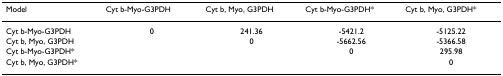
| Model | Cyt b-Myo-G3PDH | Cyt b, Myo, G3PDH | Cyt b-Myo-G3PDH* | Cyt b, Myo, G3PDH* |
 | --- | --- | --- | --- | --- |
 | Cyt b-Myo-G3PDH | 0 | 241.36 | -5421.2 | -5125.22 |
 | Cyt b, Myo, G3PDH |  | 0 | -5662.56 | -5366.58 |
 | Cyt b-Myo-G3PDH* |  |  | 0 | 295.98 |
 | Cyt b, Myo, G3PDH* |  |  |  | 0 |